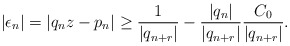
\begin{align*} | \epsilon_n | = | q_n z - p_n | \geq \frac{1}{| q_{n + r} |} - \frac{| q_n |}{| q_{n + r} |}\frac{C_0}{| q_{n + r} |}. \end{align*}